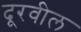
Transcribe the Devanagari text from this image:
दूरवील